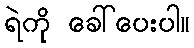
ရဲကို ခေါ်ပေးပါ။